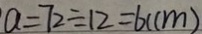
a = 7 2 \div 1 2 = 6 ( c m )